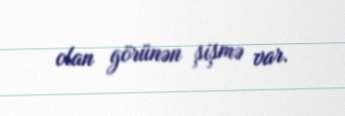
olan görünən şişmə var.